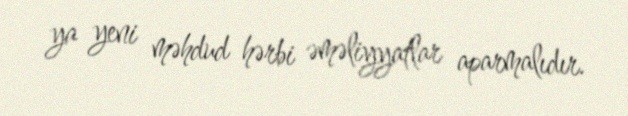
ya yeni məhdud hərbi əməliyyatlar aparmalıdır.